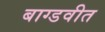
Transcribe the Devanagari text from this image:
बाग्डवीत